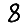
Digit: 8